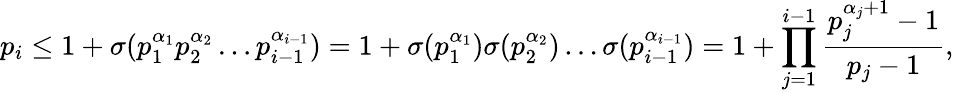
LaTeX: p_{i}\leq 1+\sigma(p_{1}^{\alpha_{1}}p_{2}^{\alpha_{2}}\dots p_{i-1}^{\alpha_{i-1}})=1+\sigma(p_{1}^{\alpha_{1}})\sigma(p_{2}^{\alpha_{2}})\dots\sigma(p_{i-1}^{\alpha_{i-1}})=1+\prod_{j=1}^{i-1}{\frac{p_{j}^{\alpha_{j}+1}-1}{p_{j}-1}},